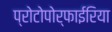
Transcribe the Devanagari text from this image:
प्रोटोपोर्फाईरिया